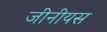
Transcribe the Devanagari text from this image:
जीनीयस